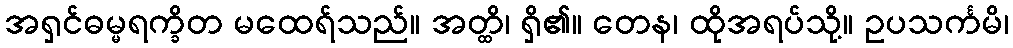
အရှင်ဓမ္မရက္ခိတ မထေရ်သည်။ အတ္ထိ၊ ရှိ၏။ တေန၊ ထိုအရပ်သို့။ ဥပသင်္ကမိ၊